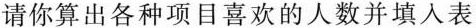
请你算出各种项目喜欢的人数并填入表